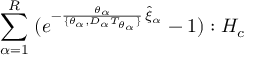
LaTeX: \; \sum _ { \alpha = 1 } ^ { R } \; ( e ^ { - \frac { \theta _ { \alpha } } { \lbrace \theta _ { \alpha } , D _ { \alpha } T _ { \theta _ { \alpha } } \rbrace } \, \hat { \xi } _ { \alpha } } - 1 ) : H _ { c } \;